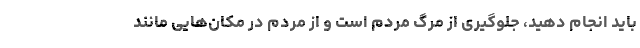
باید انجام دهید، جلوگیری از مرگ مردم است و از مردم در مکان‌هایی مانند